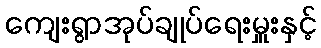
ကျေးရွာအုပ်ချုပ်ရေးမှူးနှင့်